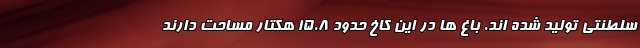
سلطنتی تولید شده اند. باغ ها در این کاخ حدود 15.8 هکتار مساحت دارند